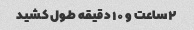
۲ساعت و ۱۰ دقیقه طول کشید